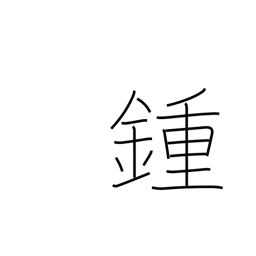
Meaning: spindle